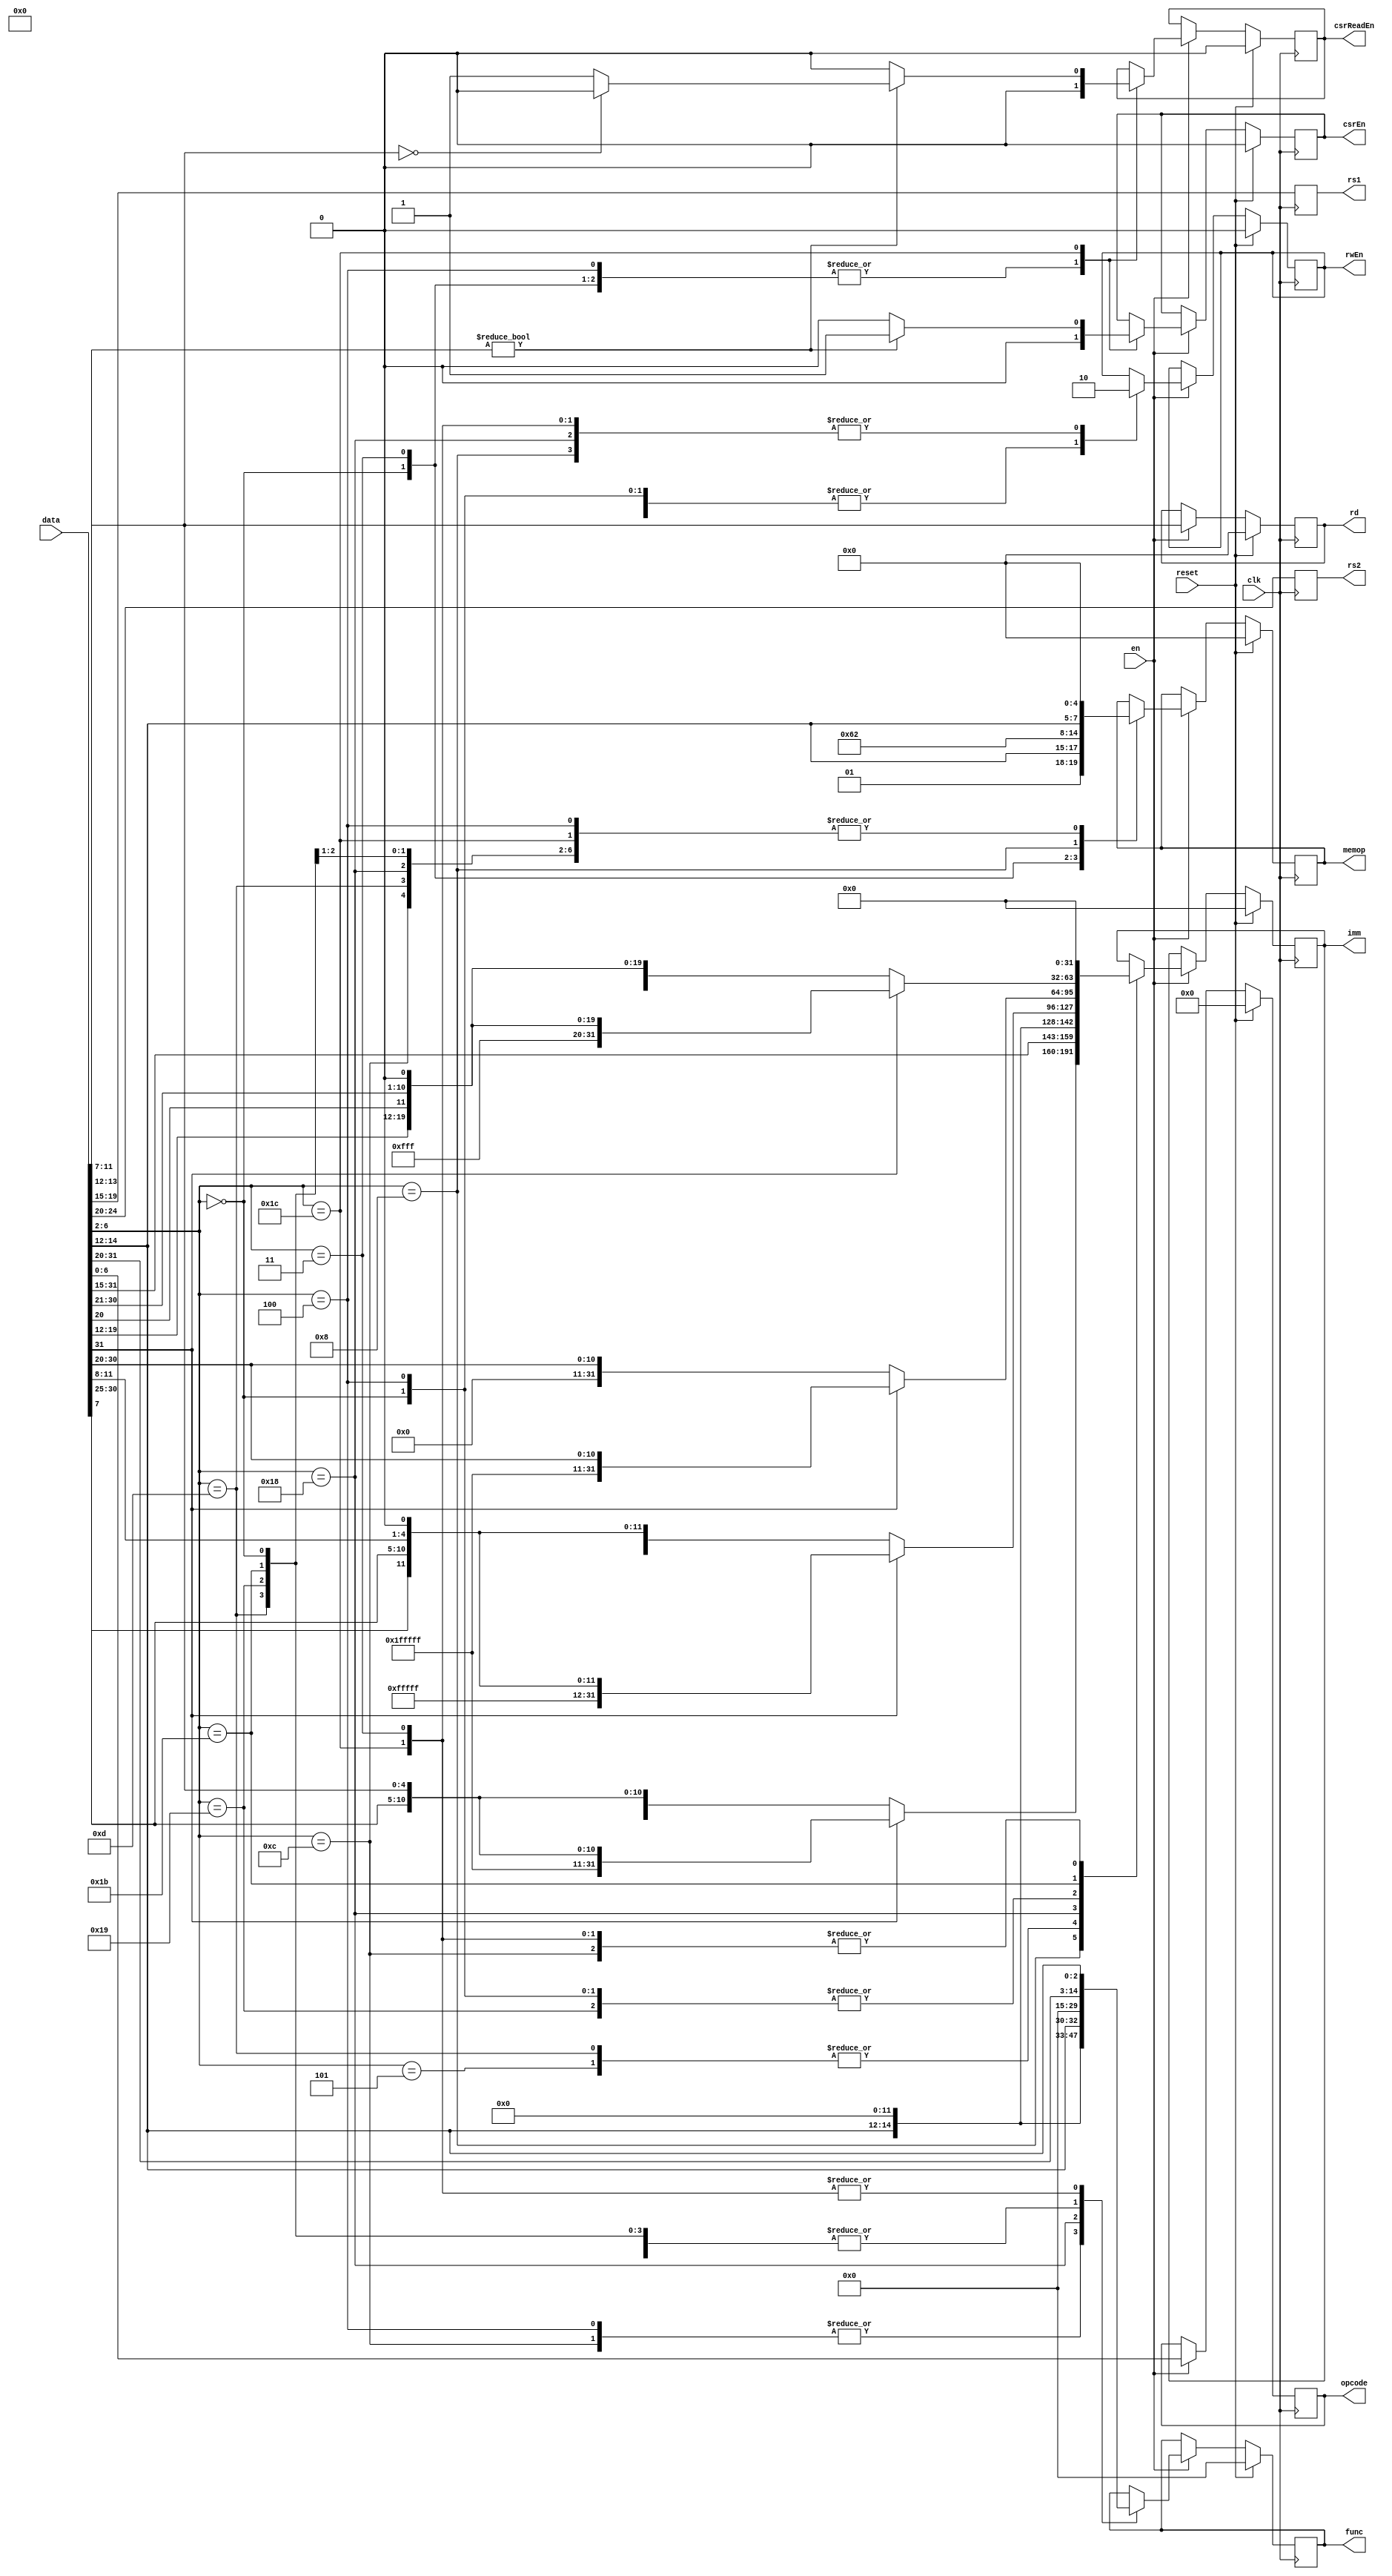
module decoder(
    input wire clk,
    input wire en,
    input wire reset,
    input wire [31:0] data,
    output reg [4:0] rd,
    output reg [4:0] rs1,
    output reg [4:0] rs2,
    output reg rwEn,
    output reg [14:0] func,
    output reg [31:0] imm,
    output reg [4:0] memop,
    output reg [6:0] opcode,
    output reg csrEn,
    output reg csrReadEn
);

always @(posedge clk) begin
    rs1 <= data[19:15];
    rs2 <= data[24:20];

    if(reset) begin
        rd <= 5'h0;
        rwEn <= 1'b0;
        func <= 15'h0;
        imm <= 32'h0;
        memop <= 5'h0;
        opcode <= 7'h0;
        csrEn <= 1'b0;
        csrReadEn <= 1'b0;
    end
    else if(en == 1'b1) begin
        rd <= data[11:7];
        opcode <= data[6:0];

        case(data[6:2])
            5'b00000: begin //LOAD
                if(data[31:31] == 1'b1) begin
                    imm <= {20'hFFFFF, data[31:20]};
                end
                else begin
                    imm <= {20'h00000, data[31:20]};
                end
                memop <= {2'b01, data[14:12]};
                func <= 15'h00;
                rwEn <= 1'b1;
                csrEn <= 1'b0;
                csrReadEn <= 1'b0;
            end
            5'b00011: begin //MISC-MEM
                func <= {data[31:20], data[14:12]};
                memop <= 5'b11000;
                imm <= 32'h00000000;
                rwEn <= 1'b0;
                csrEn <= 1'b0;
                csrReadEn <= 1'b0;
            end
            5'b00100: begin //OP-IMM
                if(data[31:31] == 1'b1) begin
                    imm <= {20'hFFFFF, data[31:20]};
                end
                else begin
                    imm <= {20'h00000, data[31:20]};
                end
                func <= {5'h0, data[31:25], data[14:12]};
                memop <= 5'h0;
                rwEn <= 1'b1;
                csrEn <= 1'b0;
                csrReadEn <= 1'b0;
            end
            5'b00101: begin //AUIPC
                imm <= {data[31:12], 12'h000};
                func <= 15'h00;
                memop <= 5'h0;
                rwEn <= 1'b1;
                csrEn <= 1'b0;
                csrReadEn <= 1'b0;
            end
            5'b01000: begin //STORE
                if(data[31:31] == 1'b1) begin
                    imm <= {20'hFFFFF, data[31:25], data[11:7]};
                end
                else begin
                    imm <= {20'h00000, data[31:25], data[11:7]};
                end
                memop <= {2'b10, data[14:12]};
                func <= 15'h00;
                rwEn <= 1'b0;
                csrEn <= 1'b0;
                csrReadEn <= 1'b0;
            end
            5'b01100: begin //OP
                func <= {5'h0, data[31:25], data[14:12]};
                memop <= 5'h0;
                imm <= 32'h00000000;
                rwEn <= 1'b1;
                csrEn <= 1'b0;
                csrReadEn <= 1'b0;
            end
            5'b01101: begin //LUI
                imm <= {data[31:12], 12'h000};
                func <= 15'h00;
                memop <= 5'h0;
                rwEn <= 1'b1;
                csrEn <= 1'b0;
                csrReadEn <= 1'b0;
            end
            5'b11000: begin //BRANCH
                if(data[31:31] == 1'b1) begin
                    imm <= {3'h7, 16'hFFFF, data[31:31], data[7:7], data[30:25], data[11:8], 1'b0};
                end
                else begin
                    imm <= {3'h0, 16'h0000, data[31:31], data[7:7], data[30:25], data[11:8], 1'b0};
                end
                func <= {12'h0, data[14:12]};
                memop <= 5'h0;
                rwEn <= 1'b0;
                csrEn <= 1'b0;
                csrReadEn <= 1'b0;
            end
            5'b11001: begin //JALR
                if(data[31:31] == 1'b1) begin
                    imm <= {20'hFFFFF, data[31:20]};
                end
                else begin
                    imm <= {20'h00000, data[31:20]};
                end
                func <= 15'h00;
                memop <= 5'h0;
                rwEn <= 1'b1;
                csrEn <= 1'b0;
                csrReadEn <= 1'b0;
            end
            5'b11011: begin //JAL
                if(data[31:31] == 1'b1) begin
                    imm <= {3'h7, 8'hFF, data[31:31], data[19:12], data[20:20], data[30:21], 1'b0};
                end
                else begin
                    imm <= {3'h0, 8'h00, data[31:31], data[19:12], data[20:20], data[30:21], 1'b0};
                end
                memop <= 5'h0;
                func <= 15'h00;
                rwEn <= 1'b1;
                csrEn <= 1'b0;
                csrReadEn <= 1'b0;
            end
            5'b11100: begin //SYSTEM
                func <= {data[31:20], data[14:12]};
                memop <= 5'h0;
                imm <= 32'h00000000;
                rwEn <= 1'b0;
                if(data[13:12] != 2'b000) begin
                    csrEn <= 1'b1;
                    if(data[11:7] == 5'h0) csrReadEn <= 1'b0;
                    else csrReadEn <= 1'b1;
                end
                else begin
                    csrEn <= 1'b0;
                    csrReadEn <= 1'b0;
                end
            end
            default: begin
                
            end
        endcase
    end
end

endmodule